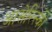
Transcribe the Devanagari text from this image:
आसेरिंस्की